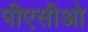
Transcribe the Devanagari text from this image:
पीएसीओ